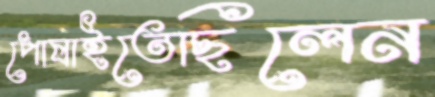
পোষাইতেছিলেন